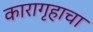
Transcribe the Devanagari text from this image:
कारागृहाचा